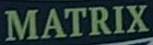
MATRIX